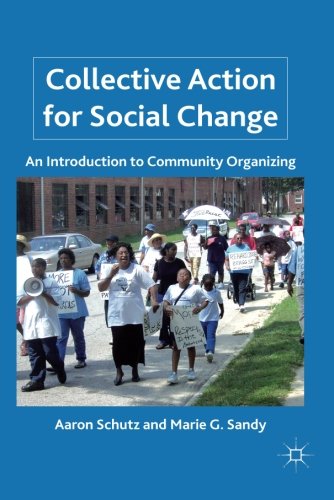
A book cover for Collective Action for Social Change: An Introduction to Community Organizing; Aaron Schutz; Business & Money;